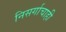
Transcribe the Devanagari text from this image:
निसर्गाचाही